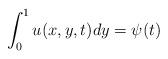
LaTeX: \begin{align*} \int_{0}^{1} u(x,y,t) dy = \psi(t)\end{align*}